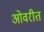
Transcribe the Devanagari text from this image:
ओवरीत